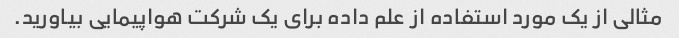
مثالی از یک مورد استفاده از علم داده برای یک شرکت هواپیمایی بیاورید.